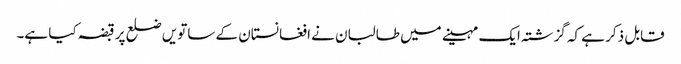
قابل ذکر ہے کہ گزشتہ ایک مہینے میں طالبان نے افغانستان کے ساتویں ضلع پر قبضہ کیا ہے۔